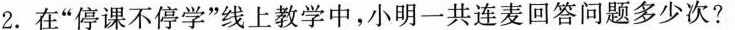
2.在”停课不停学”线上教学中，小明一共连麦回答问题多少次?